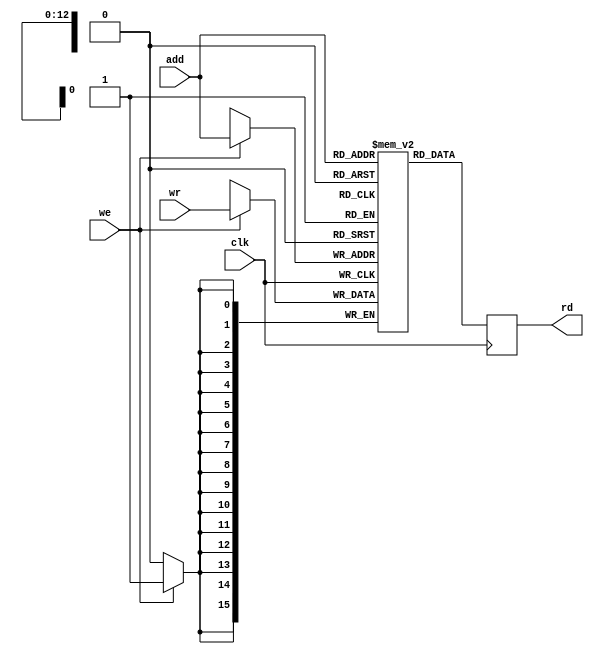
//*******************************************************************************************************************************************************/
//  Module Name: reg_array_single
//  Module Type: Synchronous Single Port Memory Array
//  Purpose: Random Access Memory (RAM) for Neptune I v3.0
//  Description: A synchronous unidirectional single port general purpose register array.
//*******************************************************************************************************************************************************/

module reg_array_single(clk, we, add, wr, rd);

	// Parameter Definitions
	
	parameter width = 'd16; // Register Array Width
	parameter depth = 'd8192; // Register Array Depth
	parameter add_width = 'd13; // Register Addressing Width

	// Inputs

	input wire clk /* System Clock */; // Management Interfaces
	input wire we /* Write Enable */; // Control Interfaces
	input wire [add_width-1:0] add /* Address */;
	input wire [width-1:0] wr /* Write Port */;
	
	// Outputs
	
	output reg [width-1:0] rd /* Read Port */;

	// Internal

	reg [width-1:0] mem_arr [0:depth-1] /* Two-dimensional Memory Array (Width-Depth Matrix) */;

	// Memory Read Block

	always@(posedge clk) begin
		rd [width-1:0] <= mem_arr[add] [width-1:0]; // Assigns Port Read Storage Register the value of memory at add if re is true and we is false.
	end

	// Memory Write Block

	always@(posedge clk) begin
		if(we) mem_arr[add] [width-1:0] <= wr [width-1:0]; // Writes to memory at add the value at Port if we is true.
	end

endmodule